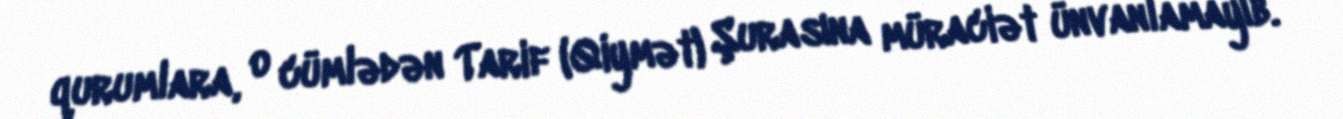
qurumlara, o cümlədən Tarif (Qiymət) Şurasına müraciət ünvanlamayıb.